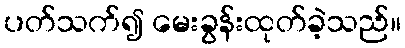
ပတ်သက်၍ မေးခွန်းထုတ်ခဲ့သည်။